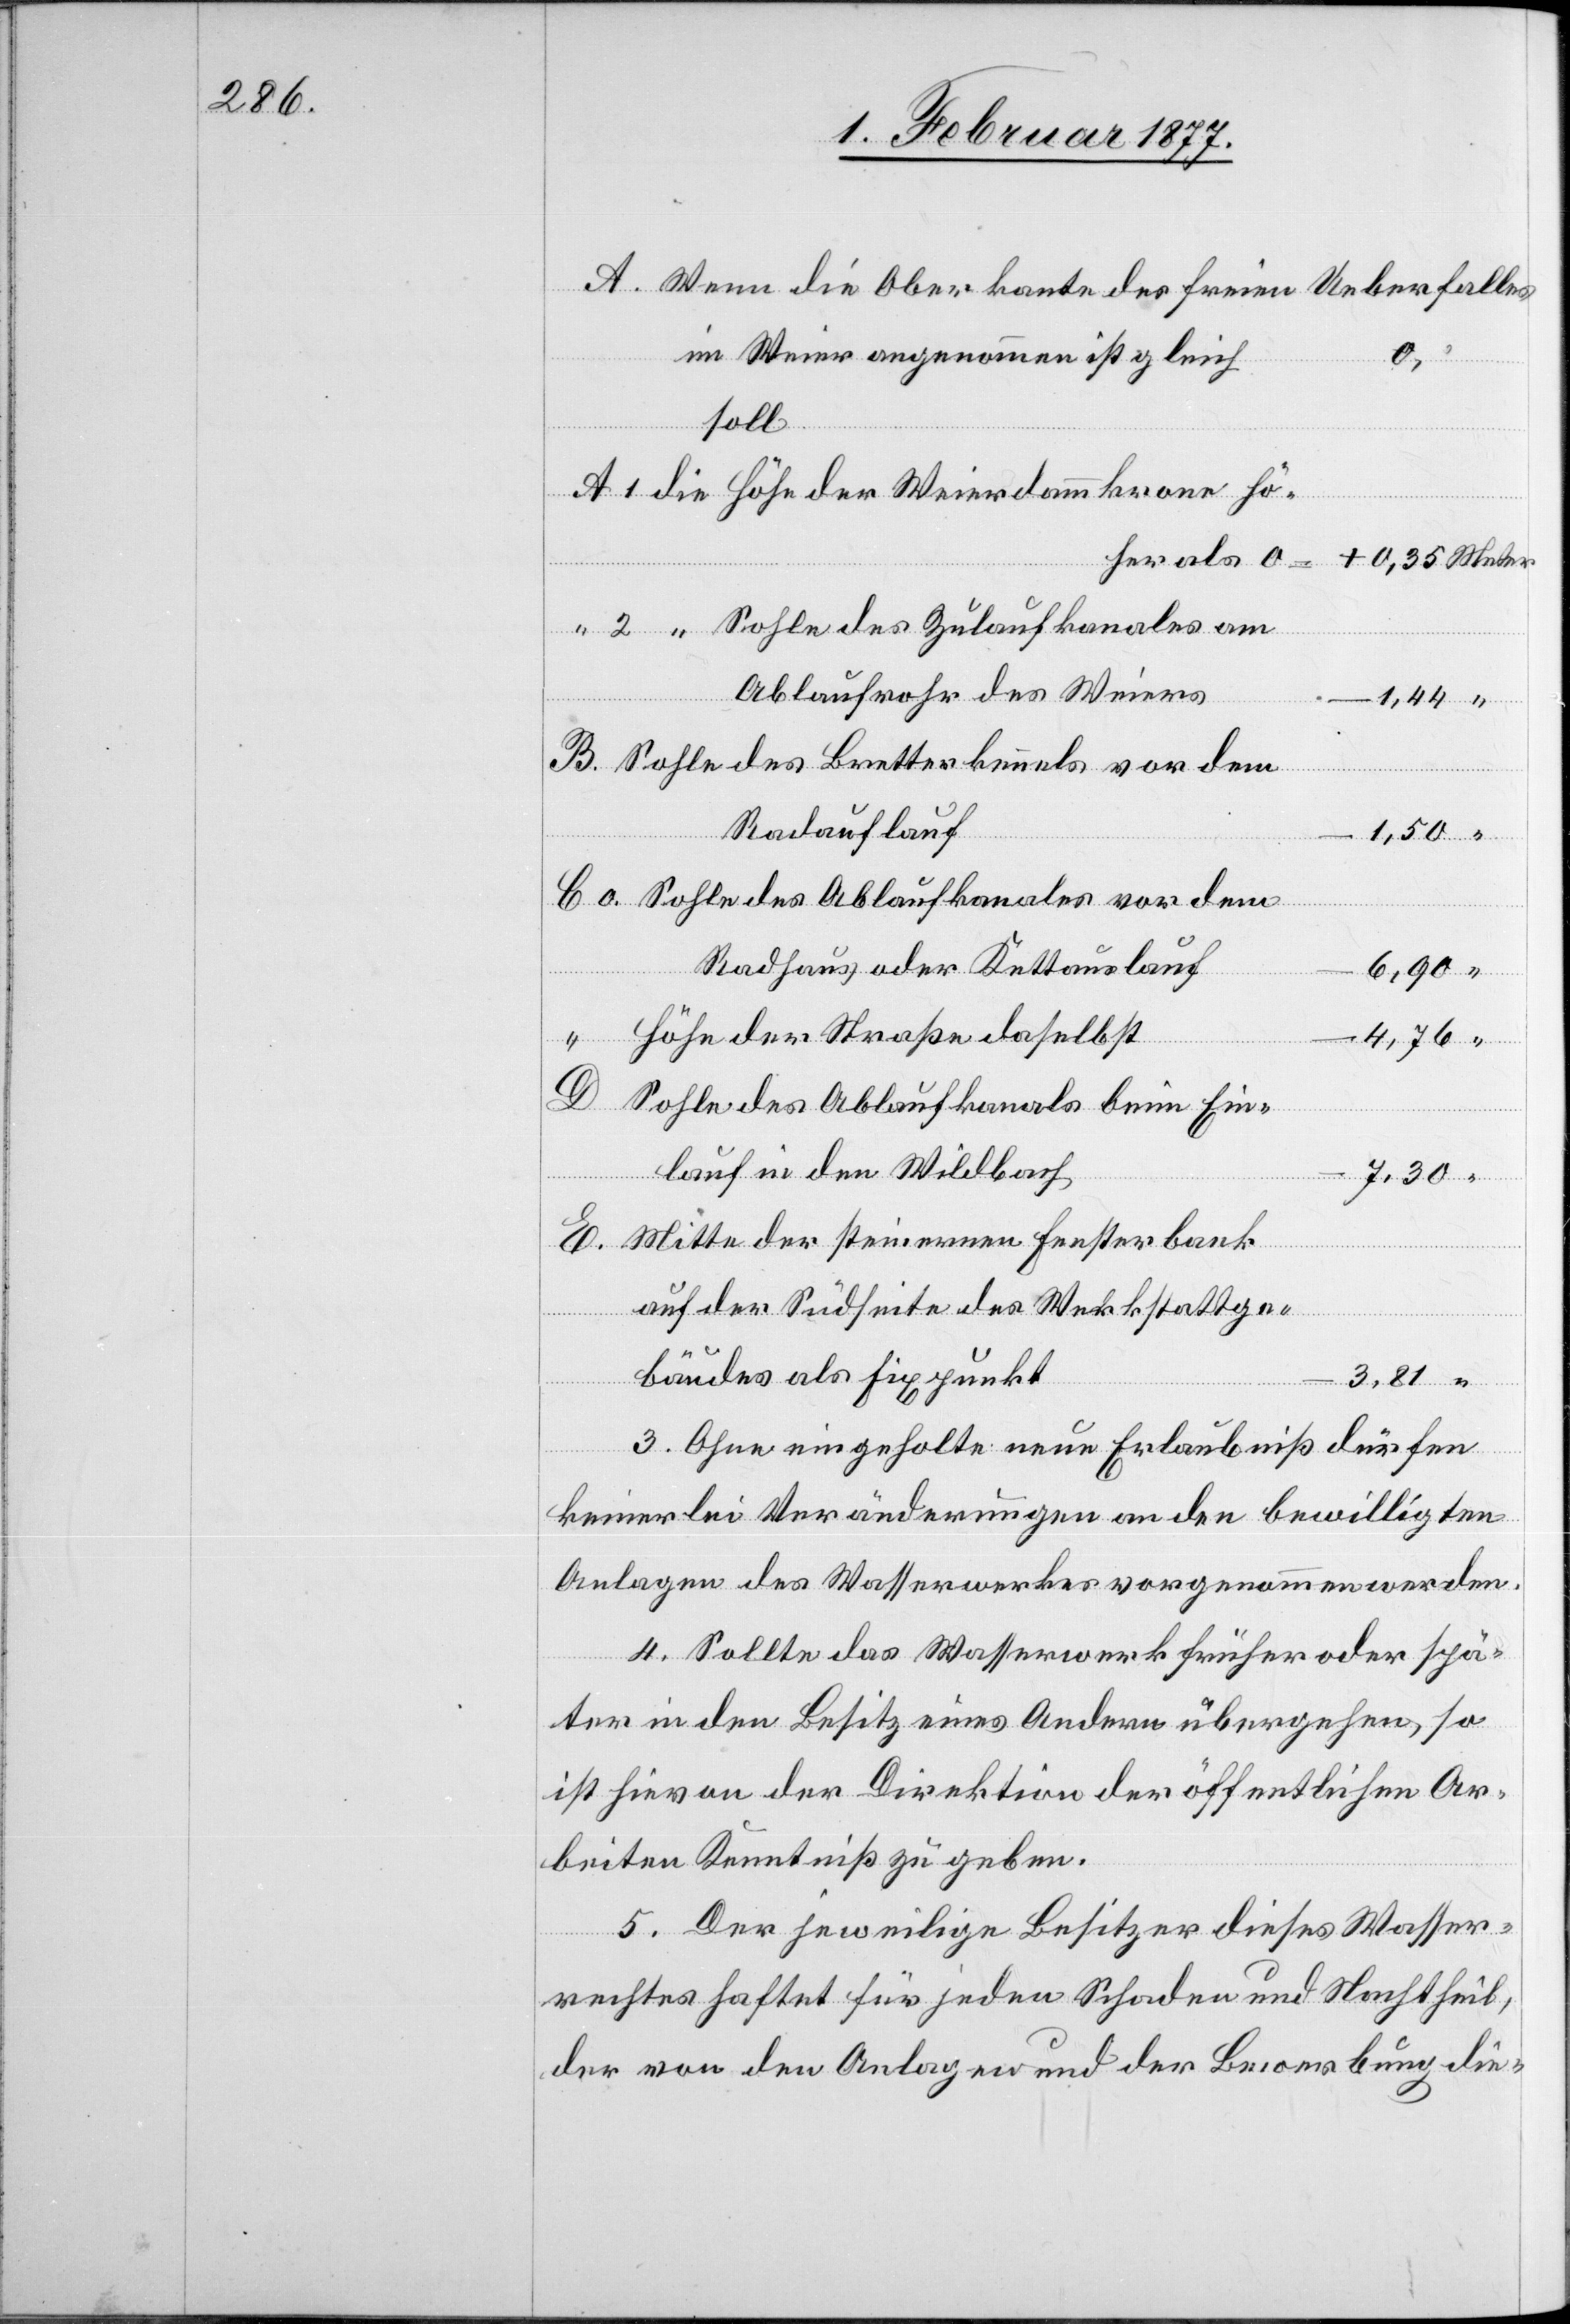
Wenn die Oberkante des freien Ueberfalles
im Weier angenommen ist gleich
Höhe der Weierdammkrone hö¬
Sohle des Zulaufkanales am
Ablaufrohr des Weiers
Radauflauf
Radhaus oder Kettauslauf
Höhe der Straße daselbst
–4,76
E.
Sohle des Ablaufkanals beim Ein¬
lauf in den Wildbach
Mitte der steinernen Fensterbank
auf der Südseite des Werkstattge¬
dem
bäudes als Fixpunkt
3. [si¬
c!] Ohne eingeholte neue Erlaubniß dürfen
Militärs
keinerlei Veränderungen an den bewilligten
Anlagen des Wasserwerkes vorgenommen werden.
4. Sollte das Wasserwerk früher oder spä¬
ter in den Besitz eines Andern übergehen, so
ist hievon der Direktion der öffentlichen Ar¬
beiten Kenntniß zu geben.
5. Der jeweilige Besitzer dieses Wasser¬
rechtes haftet für jeden Schaden und Nachtheil,
der von den Anlagen und der Bewerbung die-

als